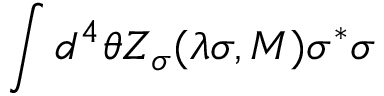
\int d ^ { 4 } \theta Z _ { \sigma } ( \lambda \sigma , M ) \sigma ^ { * } \sigma